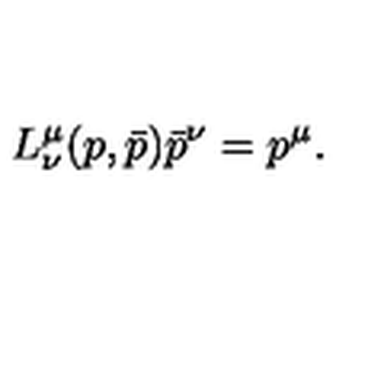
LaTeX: L _ { \nu } ^ { \mu } ( p , \bar { p } ) \bar { p } ^ { \nu } = p ^ { \mu } .